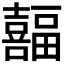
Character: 𫬸